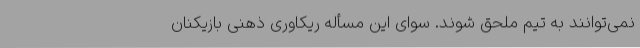
نمی‌توانند به تیم ملحق شوند. سوای این مسأله ریکاوری ذهنی بازیکنان